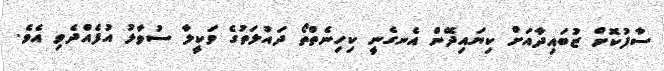
ސާފުކޮށް ޒުބައިދާއަށް ކިޔައިދޭން އެނގެނީ ކިހިނެތްތޯ ދައުލަތުގެ ވަކީލާ ސުވާލު އުފެއްދެވި އެވެ.